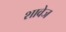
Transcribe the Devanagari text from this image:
शावेज